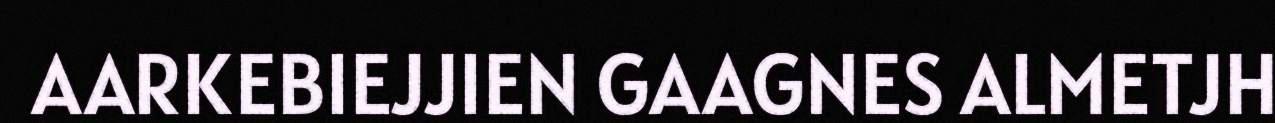
AARKEBIEJJIEN GAAGNES ALMETJH